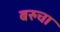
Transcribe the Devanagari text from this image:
बरुचा